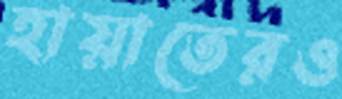
হায়াতেরও